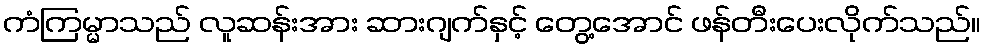
ကံကြမ္မာသည် လူဆန်းအား ဆားဂျက်နှင့် တွေ့အောင် ဖန်တီးပေးလိုက်သည်။